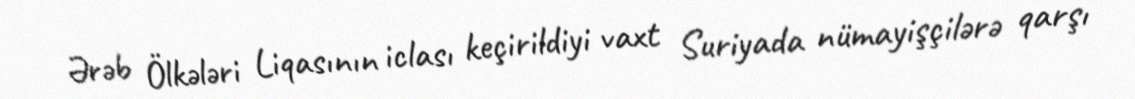
Ərəb Ölkələri Liqasının iclası keçirildiyi vaxt Suriyada nümayişçilərə qarşı